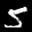
Label: 5